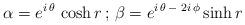
LaTeX: \begin{align*}\alpha =e^{i\,\theta }\,\cosh r\,;\,\beta =e^{i\,\theta\,-\,\,2i\,\phi }\sinh r\end{align*}